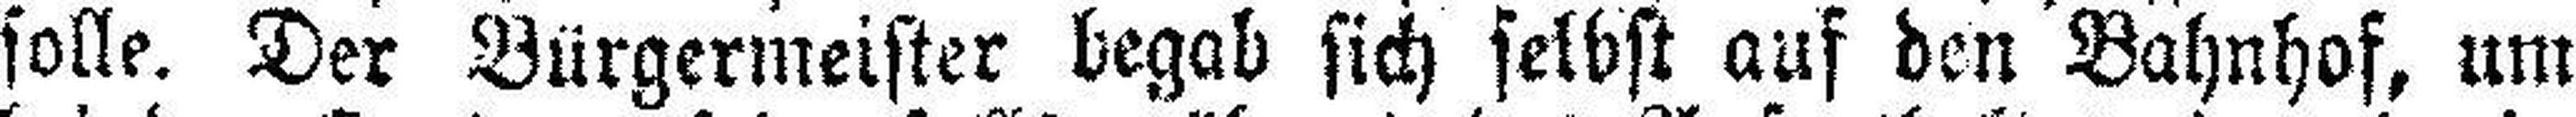
solle. Der Bürgermeister begab sich selbst auf den Bahnhof, um